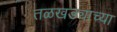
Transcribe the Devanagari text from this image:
तळखड्याच्या